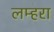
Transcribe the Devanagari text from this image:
लम्हरा